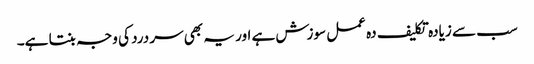
سب سے زیادہ تکلیف دہ عمل سوزش ہے اور یہ بھی سر درد کی وجہ بنتا ہے۔